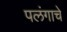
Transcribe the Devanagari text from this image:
पलंगाचे